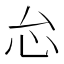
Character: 𱝼